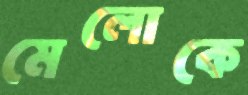
মেলোকে